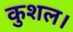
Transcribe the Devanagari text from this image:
कुशल।